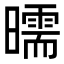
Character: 曘